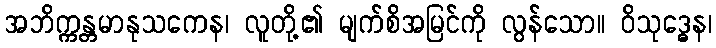
အဘိက္ကန္တမာနုသကေန၊ လူတို့၏ မျက်စိအမြင်ကို လွန်သော။ ဝိသုဒ္ဓေန၊